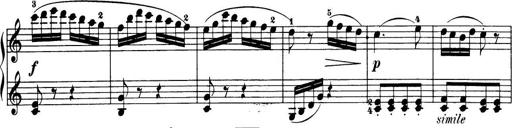
Title: 32 Sonatinas and Rondos for the Piano
Composer: Richard Kleinmichel